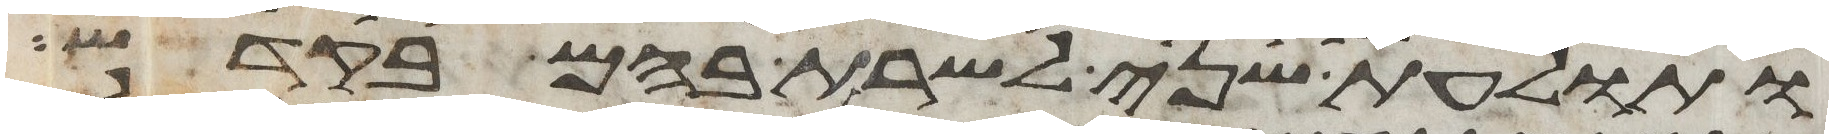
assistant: ותולעת שני לשרת בהם בקדש